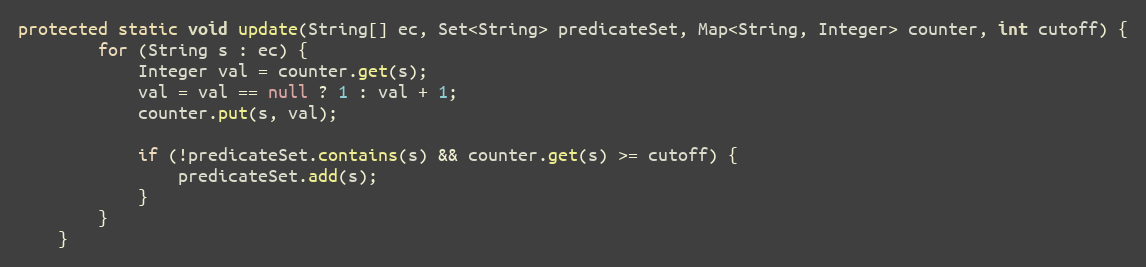
Language: Java
protected static void update(String[] ec, Set<String> predicateSet, Map<String, Integer> counter, int cutoff) {
        for (String s : ec) {
            Integer val = counter.get(s);
            val = val == null ? 1 : val + 1;
            counter.put(s, val);

            if (!predicateSet.contains(s) && counter.get(s) >= cutoff) {
                predicateSet.add(s);
            }
        }
    }